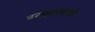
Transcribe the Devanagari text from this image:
इरकुत्स्कची